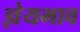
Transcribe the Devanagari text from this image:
ज्ञेयभाव